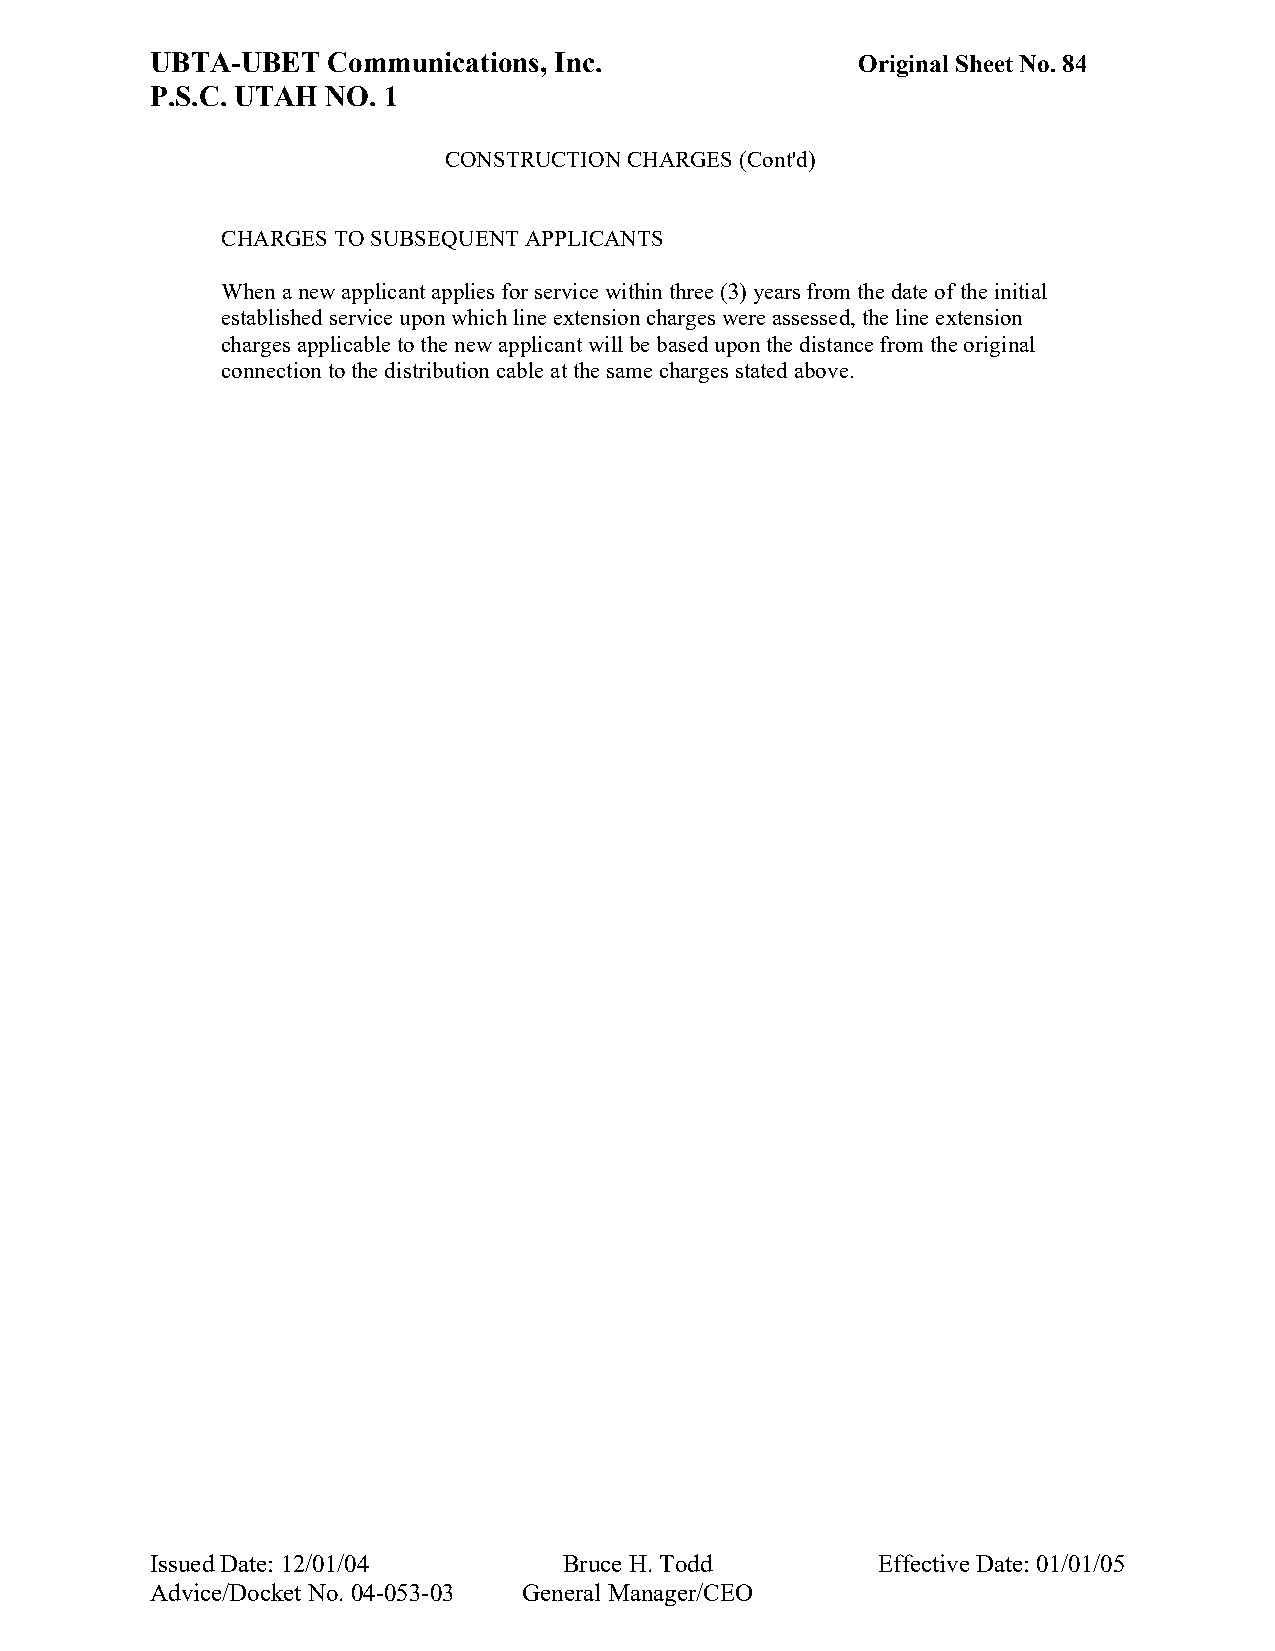
UBTA-UBET   Communications, Inc.               Original Sheet No. 84
 P.S.C. UTAH NO. 1
 CONSTRUCTION CHARGES (Cont'd)
 CHARGES TO SUBSEQUENT APPLICANTS
 When a new applicant applies for service within three (3) years from the date of the initial
 established service upon which line extension charges were assessed, the line extension
 charges applicable to the new applicant will be based upon the distance from the original
 connection to the distribution cable at the same charges stated above.
 Issued Date: 12/01/04      Bruce H. Todd        Effective Date: 01/01/05
 Advice/Docket No. 04-053-03 General Manager/CEO